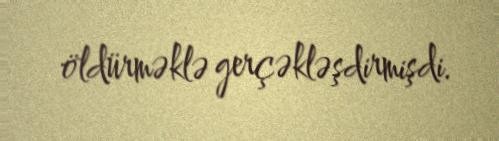
öldürməklə gerçəkləşdirmişdi.